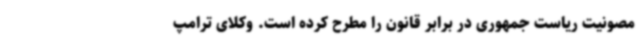
مصونیت ریاست جمهوری در برابر قانون را مطرح کرده است. وکلای ترامپ